Note on the mental hospitals in Burma - 1925-1940
Year: 1925
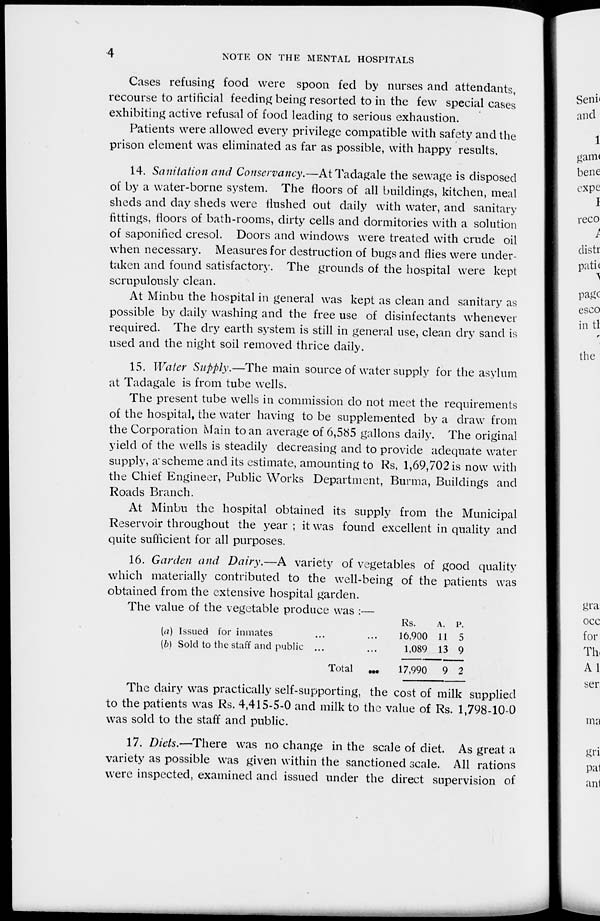
4
NOTE ON THE MENTAL HOSPITALS
Cases refusing food were spoon fed by nurses and attendants,
recourse to artificial feeding being resorted to in the few special cases
exhibiting active refusal of food leading to serious exhaustion.
Patients were allowed every privilege compatible with safety and the
prison element was eliminated as far as possible, with happy results.
14. Sanitation and Conservancy.—At Tadagale the sewage is disposed
of by a water-borne system. The floors of all buildings, kitchen, meal
sheds and day sheds were flushed out daily with water, and sanitary
fittings, floors of bath-rooms, dirty cells and dormitories with a solution
of saponified cresol. Doors and windows were treated with crude oil
when necessary. Measures for destruction of bugs and flies were under-
taken and found satisfactory. The grounds of the hospital were kept
scrupulously clean.
At Minbu the hospital in general was kept as clean and sanitary as
possible by daily washing and the free use of disinfectants whenever
required. The dry earth system is still in general use, clean dry sand is
used and the night soil removed thrice daily.
15. Water Supply.—The main source of water supply for the asylum
at Tadagale is from tube wells.
The present tube wells in commission do not meet the requirements
of the hospital, the water having to be supplemented by a draw from
the Corporation Main to an average of 6,585 gallons daily. The original
yield of the wells is steadily decreasing and to provide adequate water
supply, a scheme and its estimate, amounting to Rs, 1,69,702 is now with
the Chief Engineer, Public Works Department, Burma, Buildings and
Roads Branch.
At Minbu the hospital obtained its supply from the Municipal
Reservoir throughout the year ; it was found excellent in quality and
quite sufficient for all purposes.
16. Garden and Dairy.—A variety of vegetables of good quality
which materially contributed to the well-being of the patients was
obtained from the extensive hospital garden.
The value of the vegetable produce was :—
(a) Issued for inmates ... ...
(b) Sold to the staff and public ... ...
Total
...
Rs.
16,900
1,089
17,990
A.
11
13
9
P.
5
9
2
The dairy was practically self-supporting, the cost of milk supplied
to the patients was Rs. 4,415-5-0 and milk to the value of Rs. 1,798-10-0
was sold to the staff and public.
17. Diets.—There was no change in the scale of diet. As great a
variety as possible was given within the sanctioned scale. All rations
were inspected, examined and issued under the direct supervision of